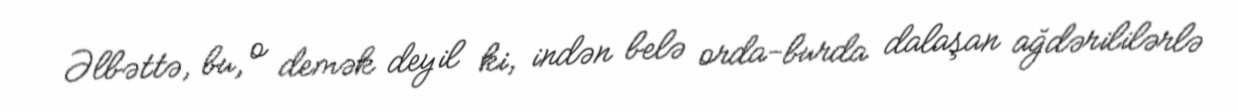
Əlbəttə, bu, o demək deyil ki, indən belə orda-burda dalaşan ağdərililərlə